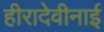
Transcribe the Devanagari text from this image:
हीरादेवीनाई